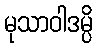
မုသာဝါဒမ္ပိ